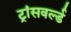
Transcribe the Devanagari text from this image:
ट्रांसवर्ल्ड